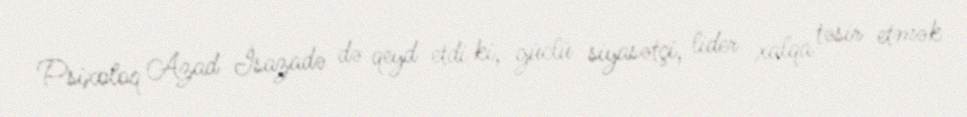
Psixoloq Azad İsazadə də qeyd etdi ki, güclü siyasətçi, lider xalqa təsir etmək